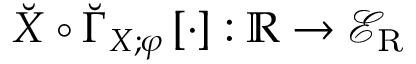
\breve { X } \circ \breve { \Gamma } _ { X ; \varphi } \left[ \cdot \right] : \mathbb { R } \to \mathcal { E } _ { \mathrm { R } }